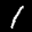
Label: 1